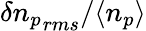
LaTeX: \delta{n_{p}}_{rms}/\langle n_{p}\rangle